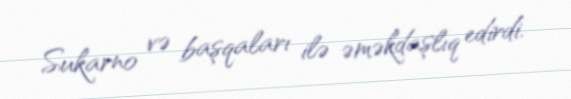
Sukarno və başqaları ilə əməkdaşlıq edirdi.